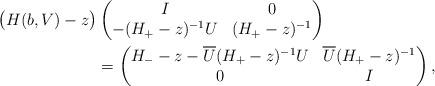
LaTeX: \begin{align*} \big( H(b,V) - z \big) & \begin{pmatrix} I & 0 \\ -(H_+-z)^{-1}U & (H_+-z)^{-1} \end{pmatrix} \\& =\begin{pmatrix} H_--z-\overline{U}(H_+-z)^{-1}U & \overline{U}(H_+-z)^{-1} \\ 0&I \end{pmatrix},\end{align*}